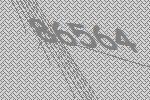
86564